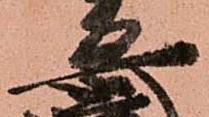
安